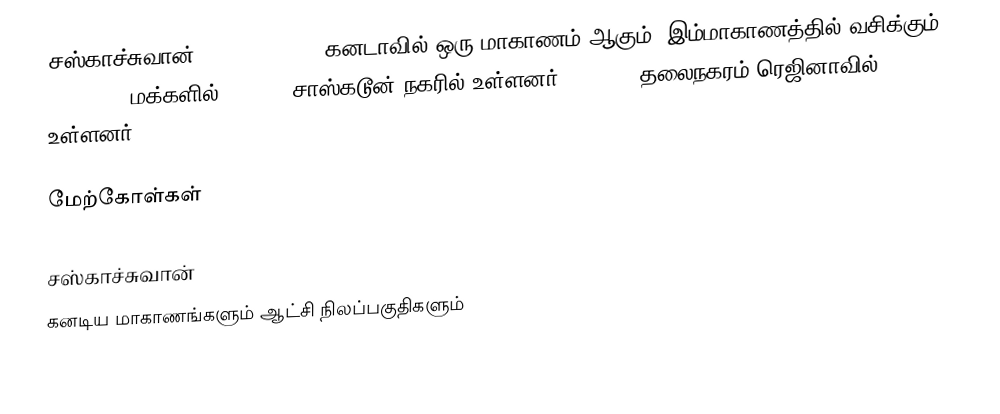
சஸ்காச்சுவான் (Saskatchewan) கனடாவில் ஒரு மாகாணம் ஆகும். இம்மாகாணத்தில் வசிக்கும் 1,010,146 மக்களில் 202,340 சாஸ்கடூன் நகரில் உள்ளனர், 179,246 தலைநகரம் ரெஜினாவில் உள்ளனர்.

மேற்கோள்கள்

சஸ்காச்சுவான்
கனடிய மாகாணங்களும் ஆட்சி நிலப்பகுதிகளும்